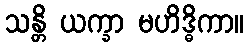
သန္တိ ယက္ခာ မဟိဒ္ဓိကာ။